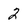
Character: 2